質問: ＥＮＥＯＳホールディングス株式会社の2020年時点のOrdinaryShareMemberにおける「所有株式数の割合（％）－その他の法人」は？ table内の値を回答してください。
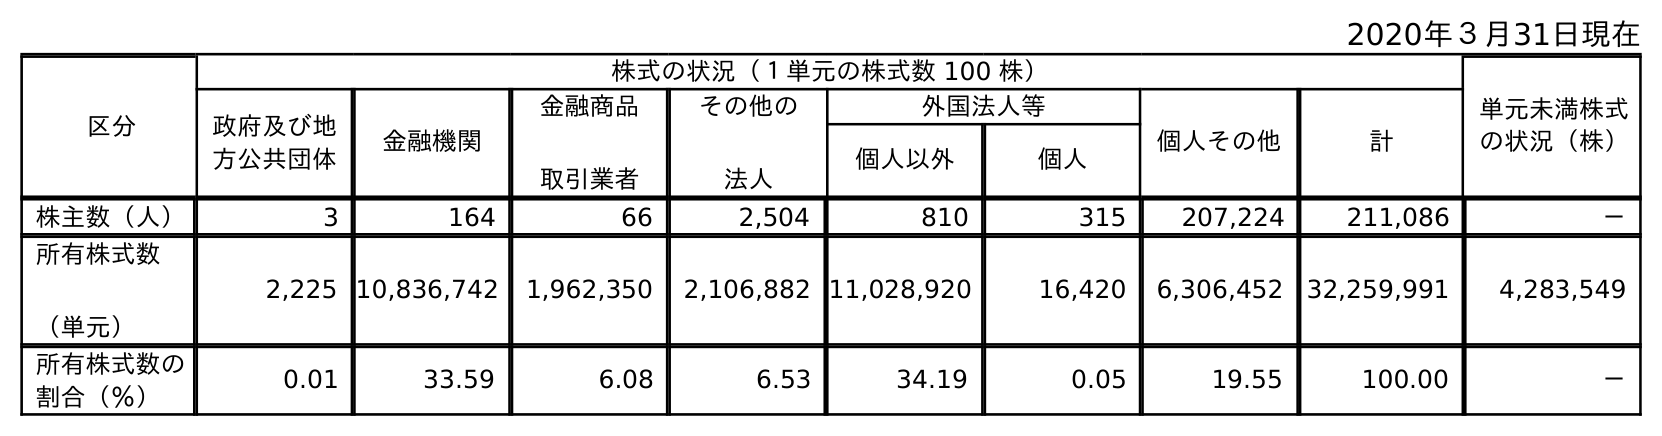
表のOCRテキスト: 2020年３月31日現在 区分 株式の状況（１単元の株式数 100 株） 単元未満株式 の状況（株） 政府及び地 方公共団体 金融機関 金融商品 取引業者 その他の 法人 外国法人等 個人その他 計 個人以外 個人 株主数（人） 3 164 66 2,504 810 315 207,224 211,086 － 所有株式数 （単元） 2,225 10,836,742 1,962,350 2,106,882 11,028,920 16,420 6,306,452 32,259,991 4,283,549 所有株式数の 割合（％） 0.01 33.59 6.08 6.53 34.19 0.05 19.55 100.00 －
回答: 6.53